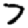
Digit: 7